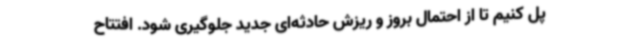
پل کنیم تا از احتمال بروز و ریزش حادثه‌ای جدید جلوگیری شود. افتتاح